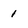
Character: 1